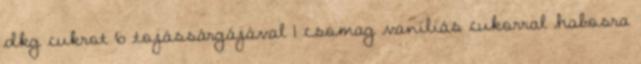
dkg cukrot 6 tojássárgájával 1 csomag vaniliás cukorral habosra